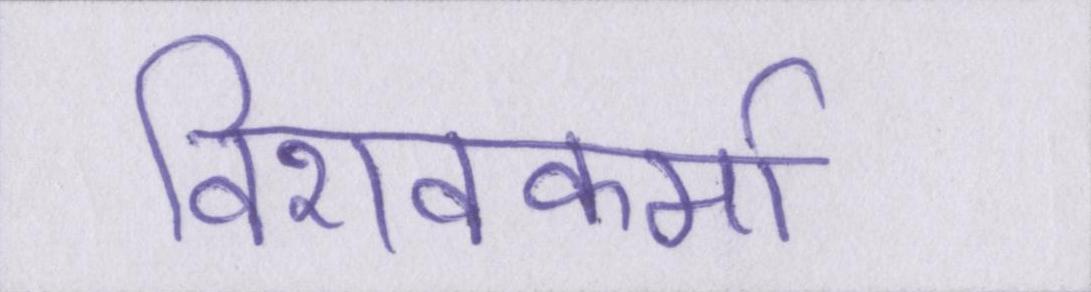
विशवकर्मा